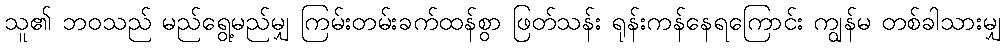
သူ၏ ဘဝသည် မည်ရွေ့မည်မျှ ကြမ်းတမ်းခက်ထန်စွာ ဖြတ်သန်း ရုန်းကန်နေရကြောင်း ကျွန်မ တစ်ခါသားမျှ